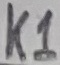
Text: K1